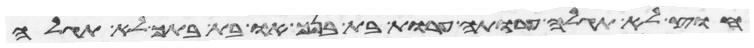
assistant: חוץ לא תגלה ערותה ערות בת בנך או בת בתך לא תגלה